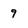
Character: 9